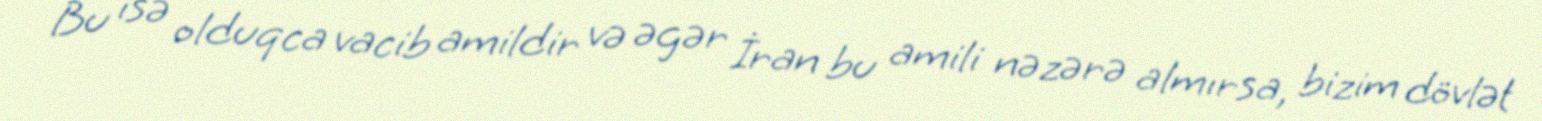
Bu isə olduqca vacib amildir və əgər İran bu amili nəzərə almırsa, bizim dövlət